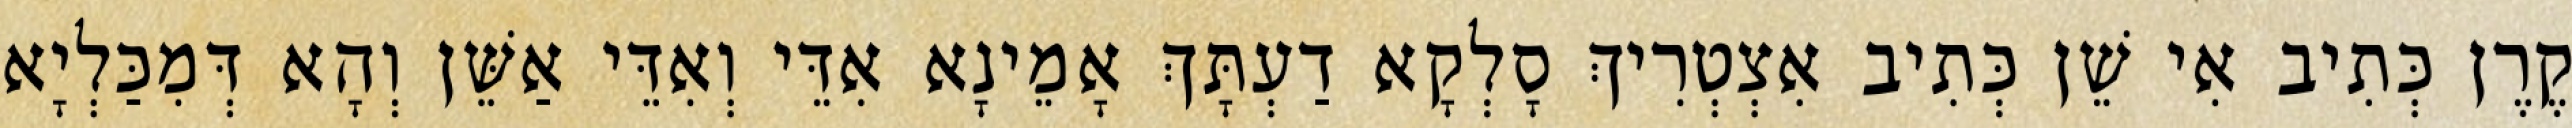
קֶרֶן כְּתִיב אִי שֵׁן כְּתִיב אִצְטְרִיךְ סָלְקָא דַעְתָּךְ אָמֵינָא אִדֵּי וְאִדֵּי אַשֵּׁן וְהָא דְּמִכַּלְיָא